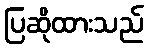
ပြဆိုထားသည်